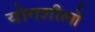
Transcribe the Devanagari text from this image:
योगशीलों